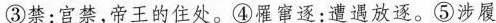
③禁：官禁，帝王的住处。④罹窜逐：遭遇放逐。⑤涉履